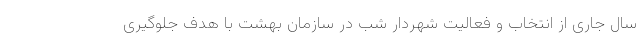
سال جاری از انتخاب و فعالیت شهردار شب در سازمان بهشت با هدف جلوگیری